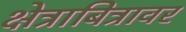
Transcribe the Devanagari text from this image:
क्षेत्राबित्रावर